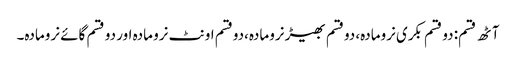
آٹھ قسم: دو قسم بکری نرومادہ، دوقسم بھیڑ نرومادہ،دوقسم اونٹ نرو مادہ اور دو قسم گائے نرومادہ۔